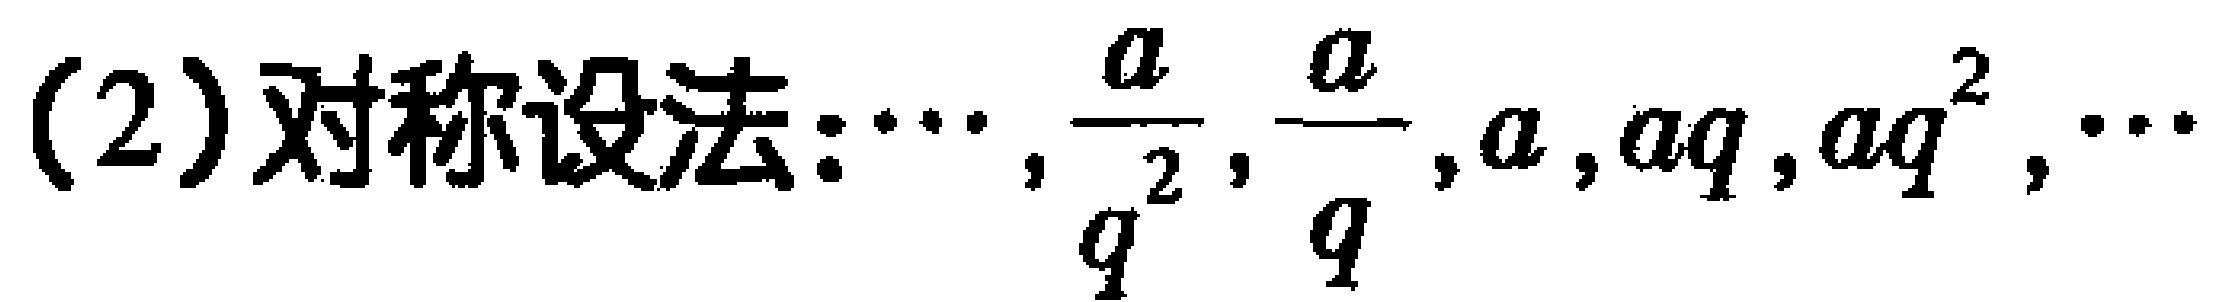
(2)对称设法:$\cdots ,\frac{a}{q^{2}},\frac{a}{q},a,aq,aq^{2},\cdots$